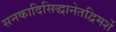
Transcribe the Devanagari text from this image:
सनकादिसिद्धानेतद्विमर्शे